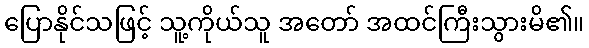
ပြောနိုင်သဖြင့် သူ့ကိုယ်သူ အတော် အထင်ကြီးသွားမိ၏။